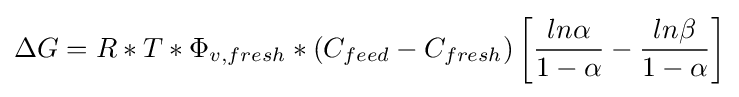
\Delta G=R*T*\Phi _{v,fresh}*(C_{feed}-C_{fresh})\left[{\frac {ln\alpha }{1-\alpha }}-{\frac {ln\beta }{1-\alpha }}\right]